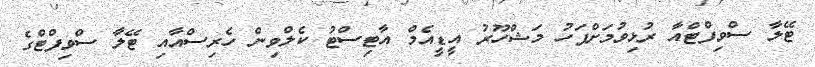
ޓޭލާ ސްވިފްޓްއާ ރުޅިވުމަށްފަހު މަޝްހޫރު އީޑީއެމް އާޓިސްޓު ކެލްވިން ހެރިސްއާއި ޓޭލާ ސްވިފްޓްގެ